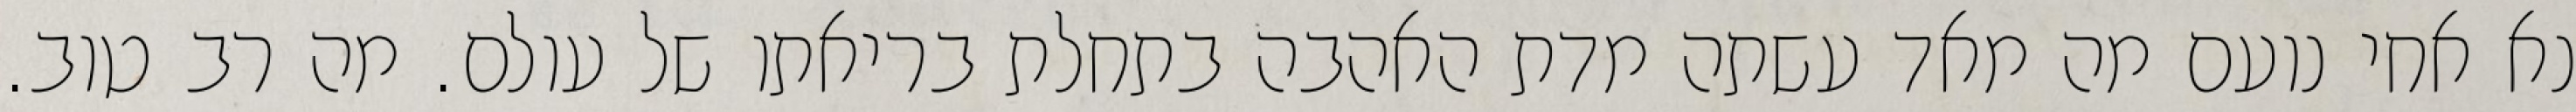
נא אחי נועם מה מאד עשתה מדת האהבה בתחלת בריאתו של עולם. מה רב טוב.